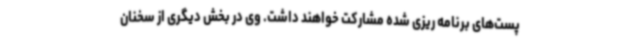
پست‌های برنامه ریزی شده مشارکت خواهند داشت. وی در بخش دیگری از سخنان